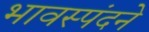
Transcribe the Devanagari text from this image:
भावस्पंदने